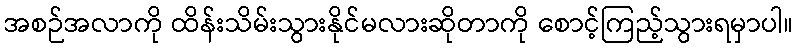
အစဉ်အလာကို ထိန်းသိမ်းသွားနိုင်မလားဆိုတာကို စောင့်ကြည့်သွားရမှာပါ။